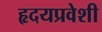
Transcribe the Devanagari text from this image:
हृदयप्रवेशी